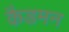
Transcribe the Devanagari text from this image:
कैडमन